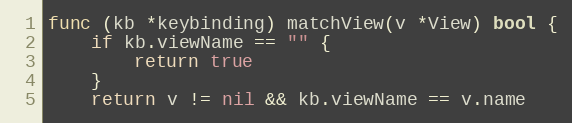
Language: Go
func (kb *keybinding) matchView(v *View) bool {
	if kb.viewName == "" {
		return true
	}
	return v != nil && kb.viewName == v.name